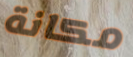
مكانة